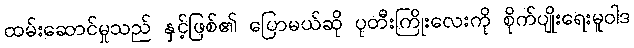
ထမ်းဆောင်မှုသည် နှင့်ဖြစ်၏ ပြောမယ်ဆို ပုတီးကြိုးလေးကို စိုက်ပျိုးရေးမူဝါဒ